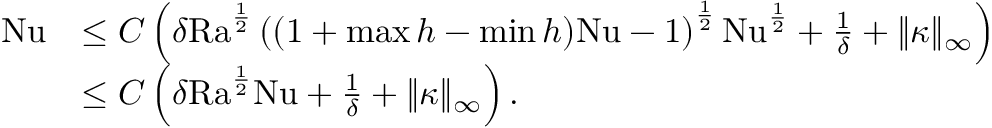
\begin{array} { r l } { \mathrm { { N u } } } & { \leq C \left( \delta { \mathrm { R a } } ^ { \frac { 1 } { 2 } } \left( ( 1 + \operatorname* { m a x } h - \operatorname* { m i n } h ) \mathrm { { N u } } - 1 \right) ^ { \frac { 1 } { 2 } } { \mathrm { N u } } ^ { \frac { 1 } { 2 } } + \frac { 1 } { \delta } + \| \kappa \| _ { \infty } \right) } \\ & { \leq C \left( \delta \mathrm { { R a } } ^ { \frac { 1 } { 2 } } { \mathrm { N u } } + \frac { 1 } { \delta } + \| \kappa \| _ { \infty } \right) . } \end{array}